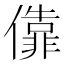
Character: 𫣶